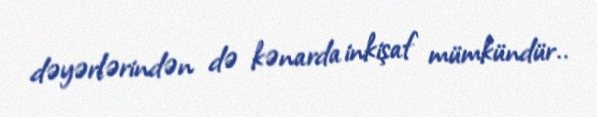
dəyərlərindən də kənarda inkişaf mümkündür..